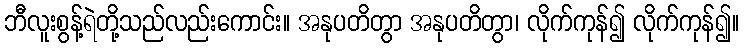
ဘီလူးစွန့်ရဲတို့သည်လည်းကောင်း။ အနုပတိတွာ အနုပတိတွာ၊ လိုက်ကုန်၍ လိုက်ကုန်၍။